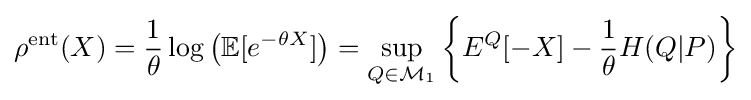
\rho ^{\mathrm {ent} }(X)={\frac {1}{\theta }}\log \left(\mathbb {E} [e^{-\theta X}]\right)=\sup _{Q\in {\mathcal {M}}_{1}}\left\{E^{Q}[-X]-{\frac {1}{\theta }}H(Q|P)\right\}